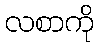
လစာကို